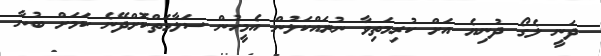
ދަނީ ލެގޯ ދުނިޔެ އަށް ކުރިމަތިވާ ނުރައްކަލުން އެމީހުން ސަލާމަތްކޮށްދޭނެ ކަމަށް ބުނާ